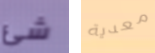
شئ معدية